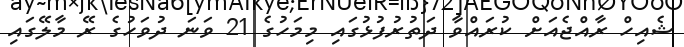
ޝެއިހް ރާއްޖެއަށް ކުރައްވާ ދަތުރުފުޅުގައި މިމަހުގެ 21 ވަނަ ދުވަހުގެ ރޭ މާލޭގައި